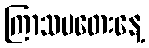
ကြာသပတေးနေ့